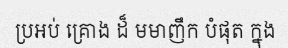
ប្រអប់ គ្រោង ដ៏ មមាញឹក បំផុត ក្នុង